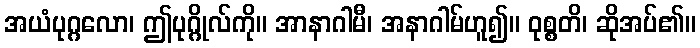
အယံပုဂ္ဂလော၊ ဤပုဂ္ဂိုလ်ကို။ အာနာဂါမီ၊ အနာဂါမ်ဟူ၍။ ဝုစ္စတိ၊ ဆိုအပ်၏။